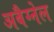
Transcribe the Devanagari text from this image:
अबैग्नेल